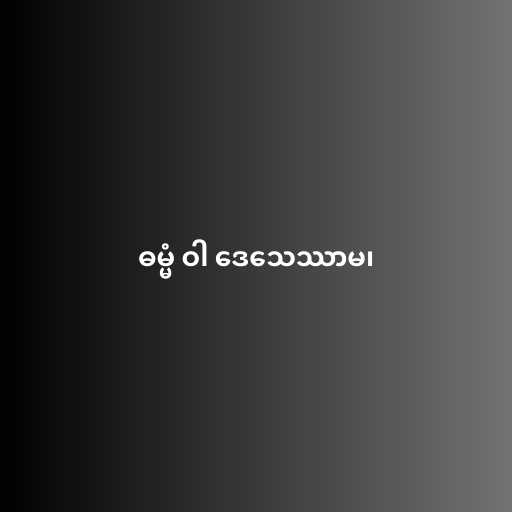
ဓမ္မံ ဝါ ဒေသေဿာမ၊